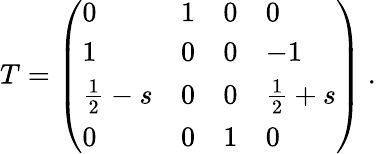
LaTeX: T=\left(\begin{array}{llll}{{0}}&{{1}}&{{0}}&{{0}}\\ {{1}}&{{0}}&{{0}}&{{-1}}\\ {{\frac{1}{2}-s}}&{{0}}&{{0}}&{{\frac{1}{2}+s}}\\ {{0}}&{{0}}&{{1}}&{{0}}\end{array}\right)\ .